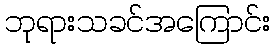
ဘုရားသခင်အကြောင်း